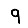
Digit: 9